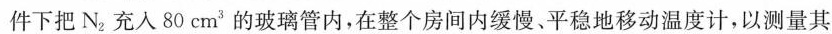
件下把N_{2}充入80cm^{3}的玻璃管内，在整个房间内缓慢、平稳地移动温度计，以测量其